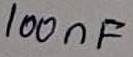
Text: 100nF